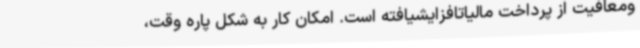
ومعافیت از پرداخت مالیاتافزایشیافته است. امکان کار به شکل پاره وقت،